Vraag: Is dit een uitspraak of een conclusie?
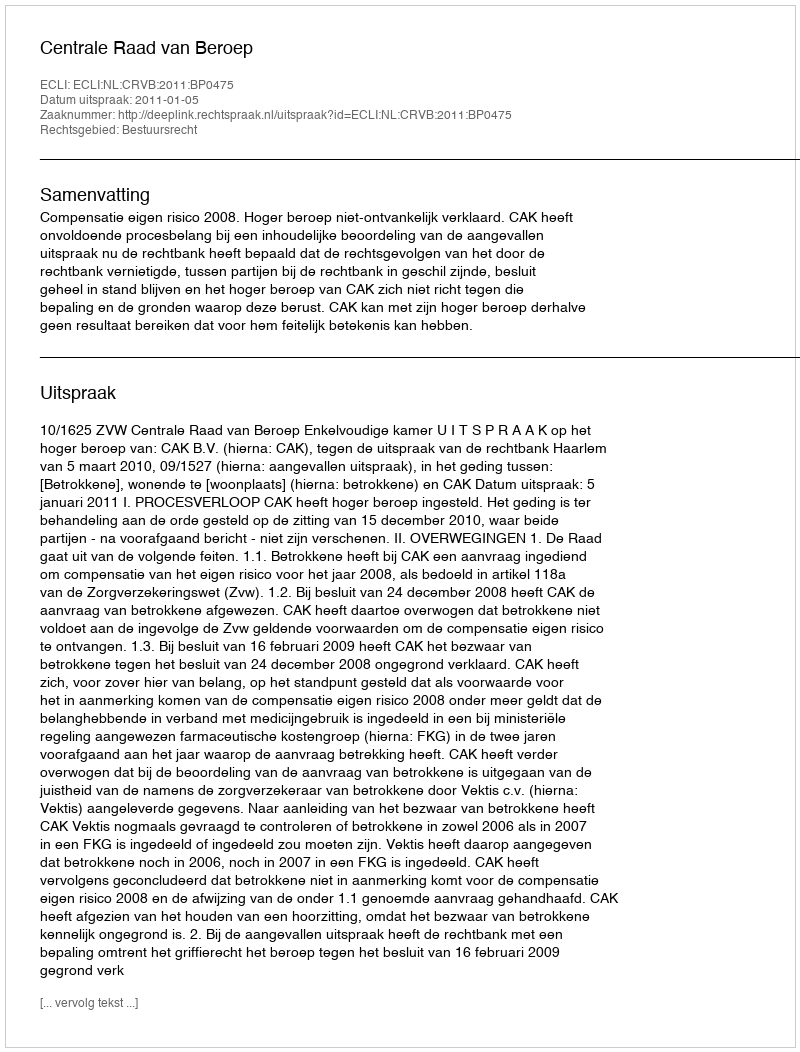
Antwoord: Uitspraak